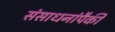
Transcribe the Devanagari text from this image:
संसाधनांपैकी